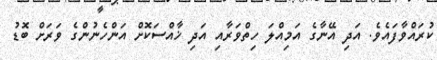
ކުރައްވާފައެވެ. އަދި އޭނާގެ އަމިއްލަ ހިތްވަރާއި އަދި ޚާއްސަކޮށް އަންހެނުންގެ ވަރަށް ބޮޑު